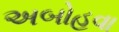
અબોહવા